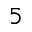
5